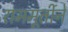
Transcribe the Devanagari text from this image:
राममूर्तीने